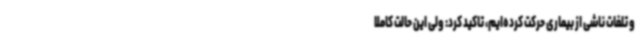
و تلفات ناشی از بیماری حرکت کرده‌ایم، تاکید کرد: ولی این حالت کاملا